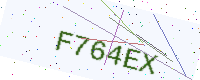
Text: F764EX